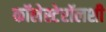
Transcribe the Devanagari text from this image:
कॉलेस्टेरॉलशी